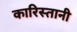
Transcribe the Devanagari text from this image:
कारिस्तानी